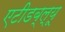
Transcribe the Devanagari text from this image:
एटीडब्ल्यू